Statistical return of the lunatic asylum in Assam - 1912-1932
Year: 1912
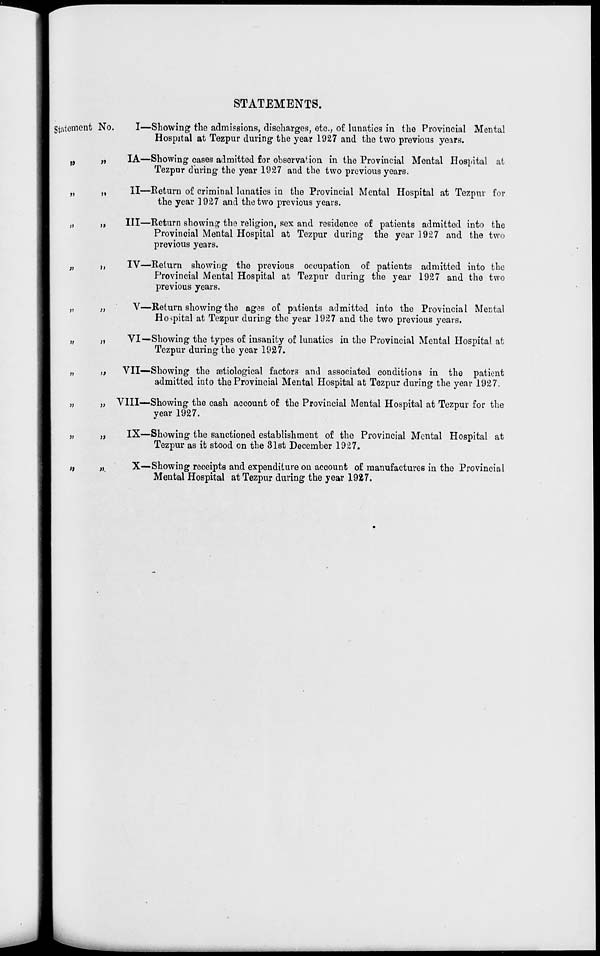
STATEMENTS.
Statement No.
55
»
»
}l
1>
i)
»
)}
>l
))
)>
JJ
».
I—Showing the admissions, discharges, etc., of lunatics in the Provincial Mental
Hospital at Tezpur during the year 1927 and the two previous years.
IA—Showing cases admitted for observation in the Provincial Mental Hospital at
Tezpur during the year 1927 and the two previous years.
II—Return of criminal lunatics in the Provincial Mental Hospital at Tezpur for
the year 1927 and the two previous years.
Ill—Return showing the religion, sex and residence of patients admitted into the
Provincial Mental Hospital at Tezpur during the year 1927 and the two
previous years.
IV—Return showing the previous occupation of patients admitted into the
Provincial Mental Hospital at Tezpur during the year 1927 and the two
previous years.
V—Return showing the ages of patients admitted into the Provincial Mental
Hospital at Tezpur during the year 1927 and the two previous years.
VI—Showing the types of insanity of lunatics in the Provincial Mental Hospital at
Tezpur during the year 1927.
VII—Showing the setiological factors and associated conditions in the patient
admitted into the Provincial Mental Hospital at Tezpur during the year 1927.
VIII—Showing the cash account of the Provincial Mental Hospital at Tezpur for the
year 1927.
IX—Showing the sanctioned establishment of the Provincial Mental Hospital at
Tezpur as it stood on the 31st December 1927.
X—Showing receipts and expenditure on account of manufactures in the Provincial
Mental Hospital at Tezpur during the year 1927.